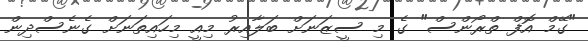
"ގޭމް އޮފް ތްރޯންސް" ގެ މި ސީޒަނަށް ބަލާއިރު މިއީ މިހައިތަނަށް ގެނެސްދިން